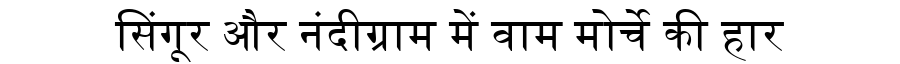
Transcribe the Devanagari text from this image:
सिंगूर और नंदीग्राम में वाम मोर्चे की हार